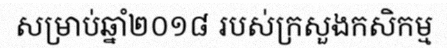
សម្រាប់ឆ្នាំ២០១៨ របស់ក្រសួងកសិកម្ម